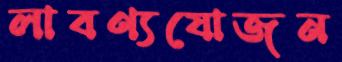
লাবণ্যযোজন